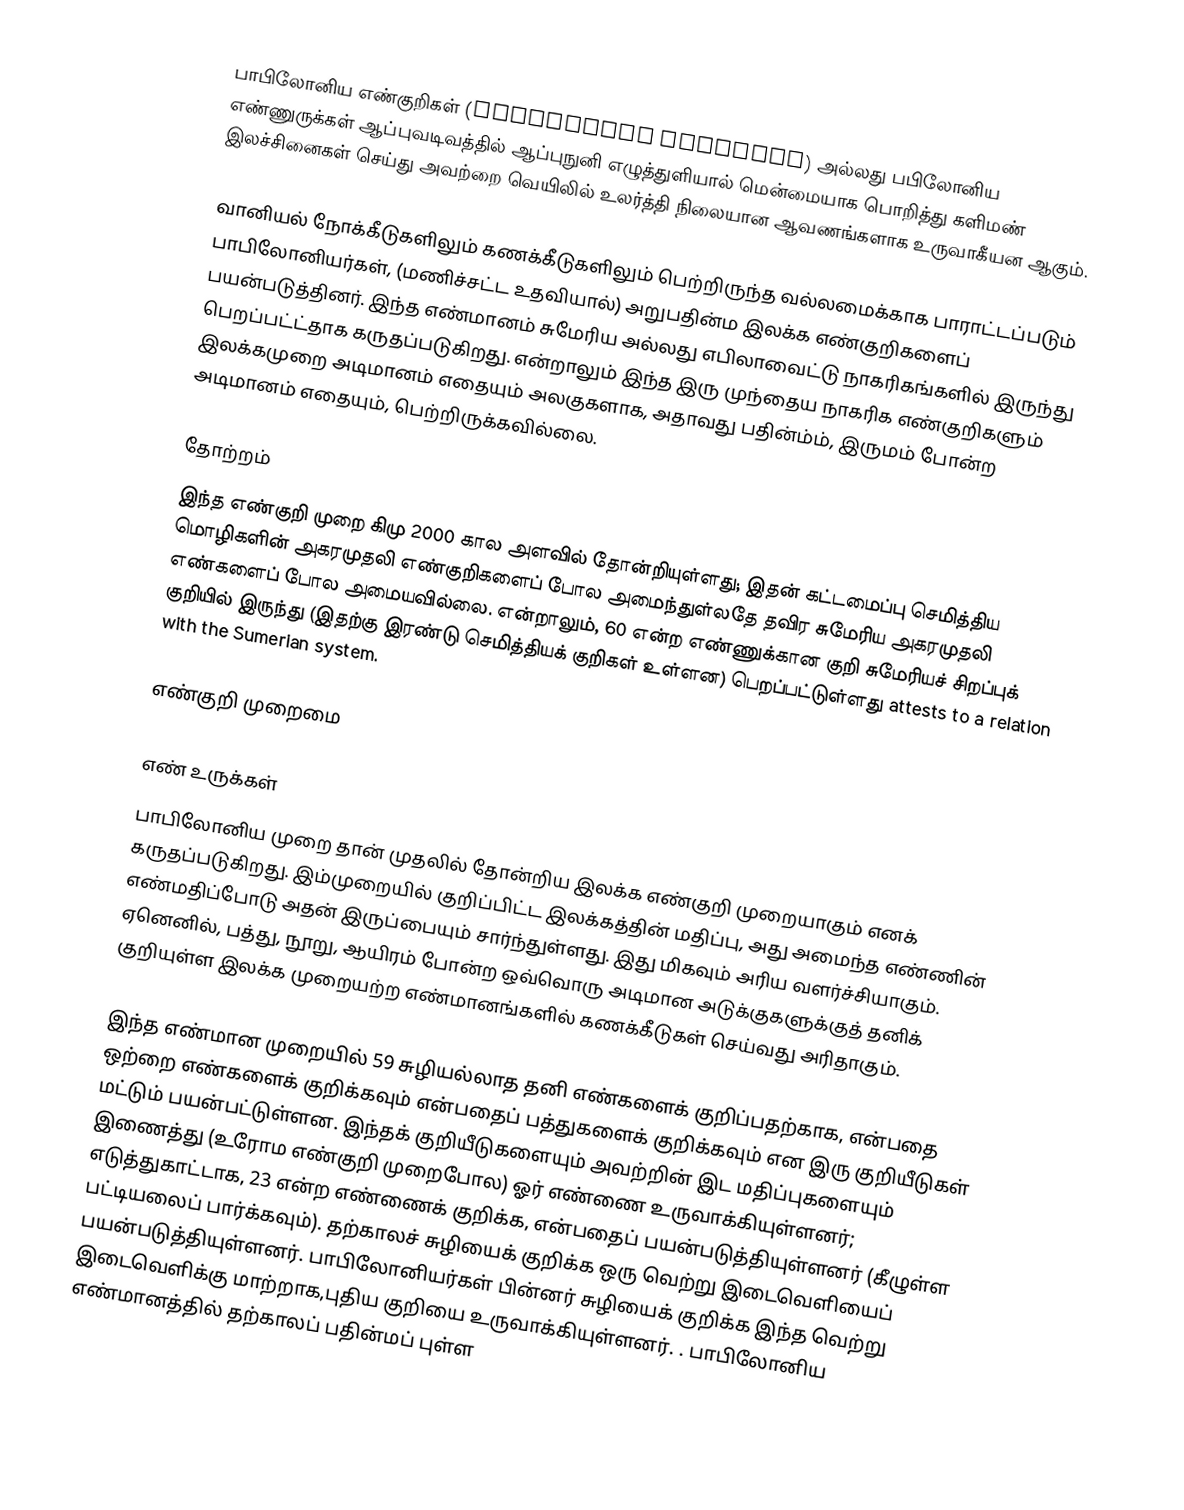
பாபிலோனிய எண்குறிகள் (Babylonian numerals)  அல்லது பபிலோனிய எண்ணுருக்கள் ஆப்புவடிவத்தில் ஆப்புநுனி எழுத்துளியால் மென்மையாக பொறித்து களிமண் இலச்சினைகள் செய்து அவற்றை வெயிலில் உலர்த்தி நிலையான ஆவணங்களாக உருவாகீயன ஆகும்.

வானியல் நோக்கீடுகளிலும் கணக்கீடுகளிலும் பெற்றிருந்த வல்லமைக்காக பாராட்டப்படும் பாபிலோனியர்கள், (மணிச்சட்ட உதவியால்) அறுபதின்ம இலக்க எண்குறிகளைப் பயன்படுத்தினர். இந்த எண்மானம் சுமேரிய அல்லது எபிலாவைட்டு நாகரிகங்களில் இருந்து பெறப்பட்ட்தாக கருதப்படுகிறது.  என்றாலும் இந்த இரு முந்தைய நாகரிக எண்குறிகளும் இலக்கமுறை அடிமானம் எதையும் அலகுகளாக, அதாவது பதின்ம்ம், இருமம் போன்ற அடிமானம் எதையும், பெற்றிருக்கவில்லை.

தோற்றம்
இந்த எண்குறி முறை கிமு 2000 கால அளவில் தோன்றியுள்ளது; இதன் கட்டமைப்பு செமித்திய மொழிகளின் அகரமுதலி எண்குறிகளைப் போல அமைந்துள்லதே தவிர சுமேரிய அகரமுதலி எண்களைப் போல அமையவில்லை.  என்றாலும், 60 என்ற எண்ணுக்கான குறி சுமேரியச் சிறப்புக் குறியில் இருந்து (இதற்கு இரண்டு செமித்தியக் குறிகள் உள்ளன) பெறப்பட்டுள்ளது attests to a relation with the Sumerian system.

எண்குறி முறைமை

எண் உருக்கள்
பாபிலோனிய முறை தான் முதலில் தோன்றிய இலக்க எண்குறி முறையாகும் எனக் கருதப்படுகிறது. இம்முறையில் குறிப்பிட்ட இலக்கத்தின் மதிப்பு, அது அமைந்த எண்ணின் எண்மதிப்போடு அதன் இருப்பையும் சார்ந்துள்ளது. இது மிகவும் அரிய வளர்ச்சியாகும். ஏனெனில், பத்து, நூறு, ஆயிரம் போன்ற ஒவ்வொரு அடிமான அடுக்குகளுக்குத் தனிக் குறியுள்ள இலக்க முறையற்ற எண்மானங்களில் கணக்கீடுகள் செய்வது அரிதாகும்.

இந்த எண்மான முறையில் 59 சுழியல்லாத தனி எண்களைக் குறிப்பதற்காக,  என்பதை ஒற்றை எண்களைக் குறிக்கவும்   என்பதைப் பத்துகளைக் குறிக்கவும் என இரு குறியீடுகள் மட்டும் பயன்பட்டுள்ளன. இந்தக் குறியீடுகளையும் அவற்றின் இட மதிப்புகளையும் இணைத்து (உரோம எண்குறி முறைபோல) ஓர் எண்ணை உருவாக்கியுள்ளனர்; எடுத்துகாட்டாக, 23 என்ற எண்ணைக் குறிக்க,  என்பதைப் பயன்படுத்தியுள்ளனர் (கீழுள்ள பட்டியலைப் பார்க்கவும்). தற்காலச் சுழியைக் குறிக்க ஒரு வெற்று இடைவெளியைப் பயன்படுத்தியுள்ளனர். பாபிலோனியர்கள் பின்னர் சுழியைக் குறிக்க இந்த வெற்று இடைவெளிக்கு மாற்றாக,புதிய குறியை உருவாக்கியுள்ளனர். .  பாபிலோனிய எண்மானத்தில் தற்காலப் பதின்மப் புள்ள